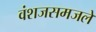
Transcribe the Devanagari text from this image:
वंशजसमजले